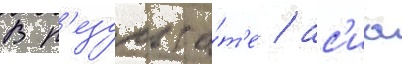
В р'езульта́т'е / ас'иа